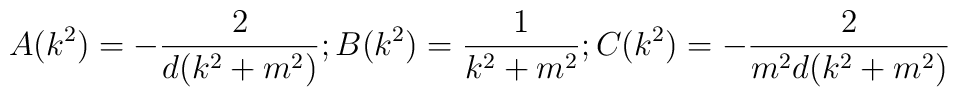
A(k^2)=-\frac{2}{d(k^2+m^2)};B(k^2)=\frac{1}{k^2+m^2}; C(k^2)=-\frac{2}{m^2d(k^2+m^2)}